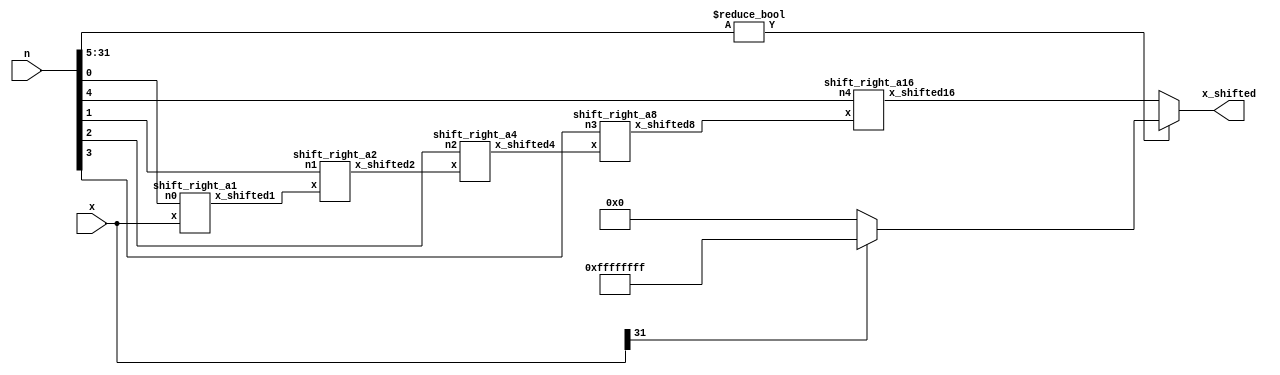
module shift_right_a (x, n, x_shifted);
input	[31:0]	x, n;
output	[31:0] 	x_shifted;

wire	[31:0]	x0, x1, x2, x3, x4, x_shifted;

//Dich phai n[4:0] lan:
shift_right_a1	sra_1	(x,  n[0], x0);	//Dich phai 1  lan
shift_right_a2	sra_2	(x0, n[1], x1);	//Dich phai 2  lan
shift_right_a4	sra_4	(x1, n[2], x2);	//Dich phai 4  lan
shift_right_a8	sra_8	(x2, n[3], x3);	//Dich phai 8  lan
shift_right_a16	sra_16	(x3, n[4], x4);	//Dich phai 16 lan

//n > 32 lan:
assign	x_shifted = (n[31:5] != 27'b0) ? ((x[31])?  32'hFFFF_FFFF : 32'b0)
				   :   x4;	

endmodule
//

module shift_right_a1	(x, n0, x_shifted1);
input	[31:0]	x;
input	n0;
output	[31:0] 	x_shifted1;

assign 	x_shifted1 = (n0) ?	((x[31]) ? {1'b1, x[31:1]}
					 : {1'b0, x[31:1]})	
			  :	  x;
endmodule
//

module shift_right_a2	(x, n1, x_shifted2);
input	[31:0]	x;
input	n1;
output	[31:0] 	x_shifted2;

assign 	x_shifted2 = (n1) ?	((x[31]) ? {2'b11, x[31:2]}	
 					 : {2'b0,  x[31:2]})	
			  :	  x;
endmodule
//

module shift_right_a4	(x, n2, x_shifted4);
input	[31:0]	x;
input	n2;
output	[31:0] 	x_shifted4;

assign 	x_shifted4 = (n2) ?	((x[31]) ? {4'hf, x[31:4]}	
 					 : {4'b0, x[31:4]})	
			  :	  x;
endmodule
//

module shift_right_a8	(x, n3, x_shifted8);
input	[31:0]	x;
input	n3;
output	[31:0] 	x_shifted8;

assign 	x_shifted8 = (n3) ?	((x[31]) ? {8'hff, x[31:8]}	
 					 : {8'b0,  x[31:8]})	
			  :	  x;
endmodule
//

module shift_right_a16	(x, n4, x_shifted16);
input	[31:0]	x;
input	n4;
output	[31:0] 	x_shifted16;

assign 	x_shifted16 = (n4) ?	((x[31]) ? {16'hffff, x[31:16]}	
 					 : {16'b0,    x[31:16]})	
			   :	  x;
endmodule
//